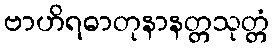
ဗာဟိရဓာတုနာနတ္တသုတ္တံ